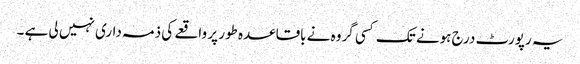
یہ رپورٹ درج ہونے تک کسی گروہ نے باقاعدہ طور پر واقعے کی ذمہ داری نہیں لی ہے ۔